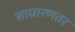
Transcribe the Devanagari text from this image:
साधारणतर